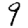
Digit: 9